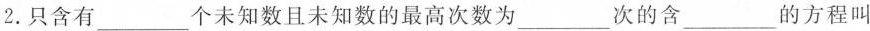
2.只含有___个未知数且未知数的最高次数为___次的含___的方程叫